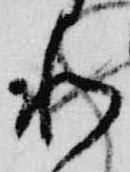
和